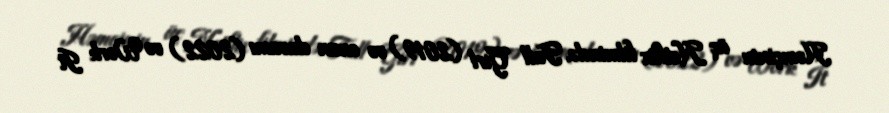
Həmçinin üç Netflix filmində, Tall Girl (2019) və onun davamı (2022) və Work It